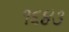
૧૬૪૩